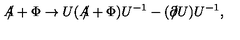
A \! \! \! / + \Phi \rightarrow U ( A \! \! \! / + \Phi ) U ^ { - 1 } - ( \partial \! \! \! / U ) U ^ { - 1 } ,